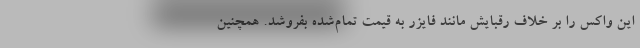
این واکس را بر خلاف رقبایش مانند فایزر به قیمت تمام‌شده بفروشد. همچنین